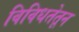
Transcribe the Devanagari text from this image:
विविधतेतून